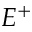
E ^ { + }